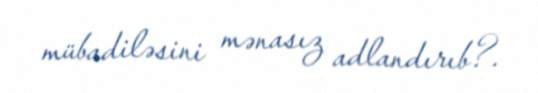
mübadiləsini mənasız adlandırıb?.